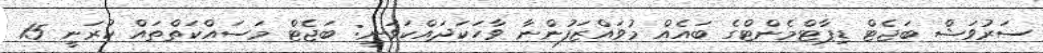
ސަރުވަޝް ބަޖެޓް ޑިޕާޓްމެންޓްގެ ބައެއް މުވައްޒަފުންނާ ވާހަކަދައްކަވަނީ: ބަޖެޓް މަސައްކަތްތައް ކުރަނީ 15